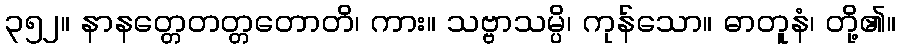
၃၅၂။ နာနတ္တေတတ္တတောတိ၊ ကား။ သဗ္ဗာသမ္ပိ၊ ကုန်သော။ ဓာတူနံ၊ တို့၏။